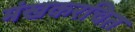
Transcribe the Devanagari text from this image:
मंखकरचित